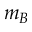
m _ { B }